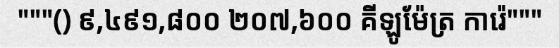
"""() ៩,៤៩១,៨០០ ២០៧,៦០០ គីឡូម៉ែត្រ ការ៉េ"""